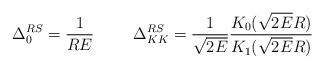
LaTeX: \begin{align*}\Delta_0^{RS} = \frac{1}{R E}\hspace{1.0cm}\Delta_{KK}^{RS} = \frac{1}{\sqrt{2 E}}\frac{K_0(\sqrt{2 E} R)}{K_1(\sqrt{2 E} R)}\end{align*}